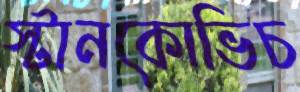
স্টানকোভিচ